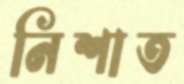
নিশাত